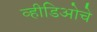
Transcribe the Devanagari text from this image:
व्हीडिओचे